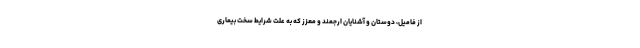
از فامیل، دوستان و آشنایان ارجمند و معزز که به علت شرایط سخت بیماری